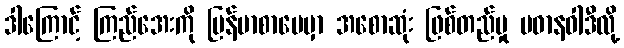
ဒါကြောင့် ကြည်အေးကို မြန်မာစာပေမှာ အစောဆုံး ဖြစ်တည်မှု ပဓာနဝါဒီလို့